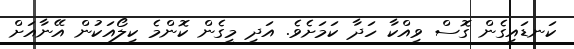
ކަނޑައިގެން ގޮސް ވިއްކާ ހަދާ ކަމަށެވެ. އަދި މީގެން ކޮންމެ ކިލޯއަކުން އޭނާއަށް